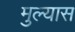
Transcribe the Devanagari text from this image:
मुल्यास